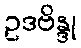
ဥဒဗိန္ဒု